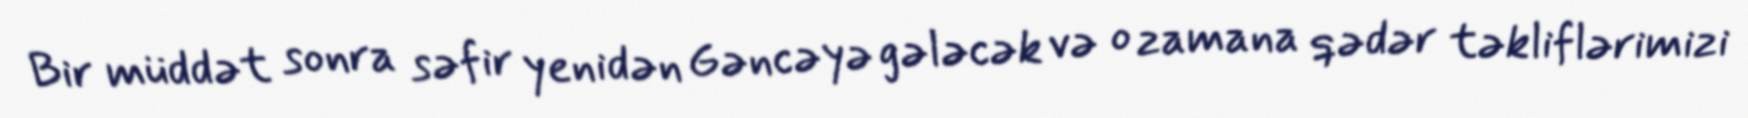
Bir müddət sonra səfir yenidən Gəncəyə gələcək və o zamana qədər təkliflərimizi